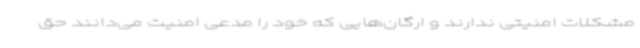
مشکلات امنیتی ندارند و ارگان‌هایی که خود را مدعی امنیت می‌دانند حق